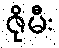
ဇိုမီး